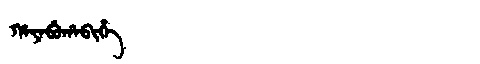
Manchu: ᡥᠠᠶᠠᠪᡠᡥᠠᠪᡳᡥᡝ
Romanization: HAYABUHABIHE